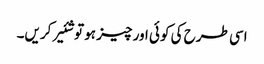
اسی طرح کی کوئی اور چیز ہو تو شئیر کریں۔